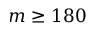
m \ge 1 8 0